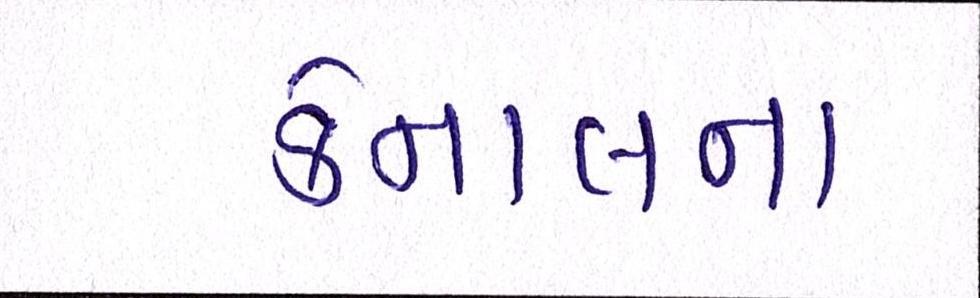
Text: કેનાલના